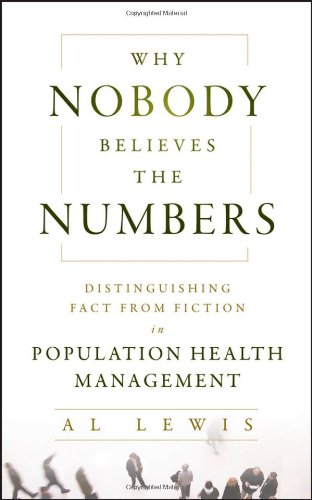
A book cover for Why Nobody Believes the Numbers: Distinguishing Fact from Fiction in Population Health Management; Al Lewis; Business & Money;